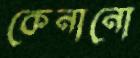
কেনানো